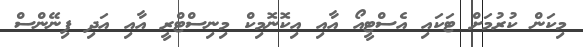
މިކަން ކުރުމަށް ޓަކައި އެސްޓީއޯ އާއި އިކޮނޮމިކް މިނިސްޓްރީ އާއި އަދި ފިނޭންސް